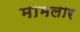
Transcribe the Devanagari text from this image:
मामलार